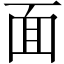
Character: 面